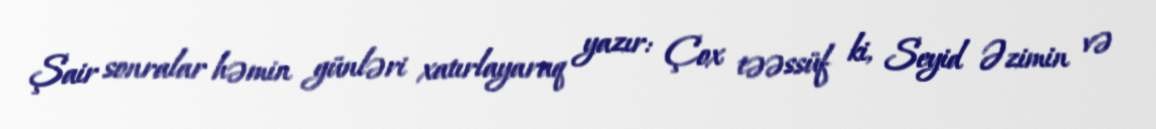
Şair sonralar həmin günləri xatırlayaraq yazır: Çox təəssüf ki, Seyid Əzimin və